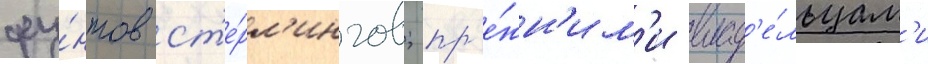
фу́нтов ст'е́рл'ингов; пр'е́жн'им'и влад'е́льцам'и